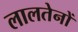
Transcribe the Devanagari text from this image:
लालतेनों